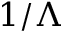
1 / \Lambda